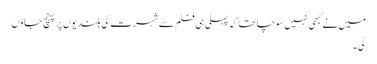
میں نے کبھی نہیں سوچا تھا کہ پہلی ہی فلم سے شہرت کی بلندیوں پر پہنچ جاؤں
گی۔